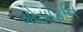
મોડાફિનિ